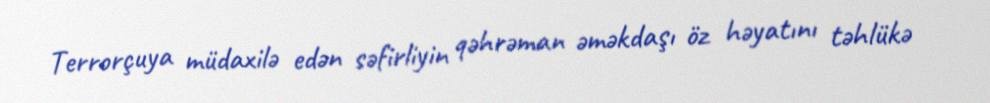
Terrorçuya müdaxilə edən səfirliyin qəhrəman əməkdaşı öz həyatını təhlükə